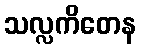
သလ္လကိတေန